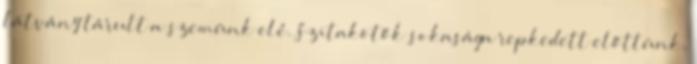
látvány tárult a szemünk elé. Szitakötők sokasága repkedett előttünk,